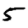
Digit: 5